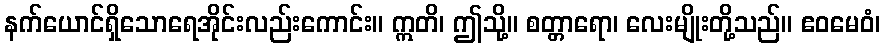
နက်ယောင်ရှိသောရေအိုင်းလည်းကောင်း။ ဣတိ၊ ဤသို့။ စတ္တာရော၊ လေးမျိုးတို့သည်။ ဧဝမေဝံ၊